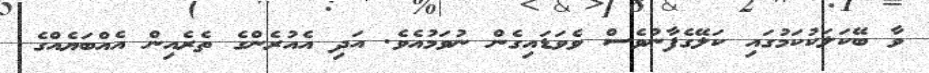
ވާ ބޭކަލަކުކަމުގައި ކަލޭގެފާނުވެސް ވެވަޑައިގެން ނުވަމުއެވެ. އަދިި އެއުރެންގެ ތެރެއިން އެއްބަޔެއްގެ